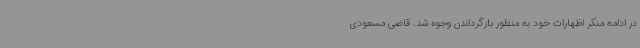
در ادامه منکر اظهارات خود به منظور بازگرداندن وجوه شد. قاضی مسعودی